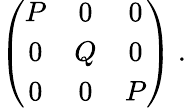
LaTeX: \left(\begin{array}{ccc}{{P}}&{{0}}&{{0}}\\ {{0}}&{{Q}}&{{0}}\\ {{0}}&{{0}}&{{P}}\end{array}\right)~.